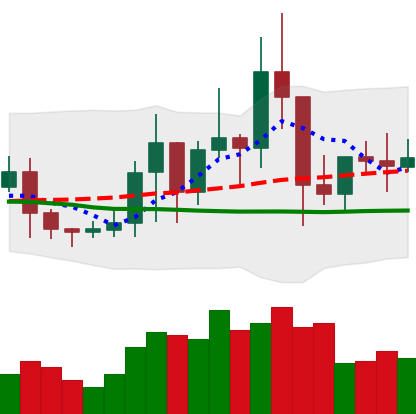
Ticker: TRX-USD
Chart end date: 2021-01-16
Forward return: -8.122%
Label: down_7plus